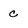
Character: c